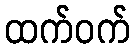
ထက်ဝက်